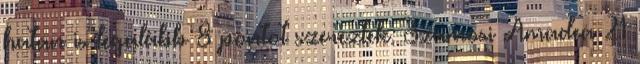
hatan is legalább 8 pontot szereztek. Szamosi Amadea 21